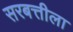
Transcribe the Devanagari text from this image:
सरबत्तीला